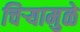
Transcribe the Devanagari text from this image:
चिऱ्यामुळे